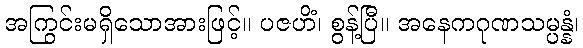
အကြွင်းမရှိသောအားဖြင့်။ ပဇဟိံ၊ စွန့်ပြီ။ အနေကဂုဏသမ္ပန္နံ၊